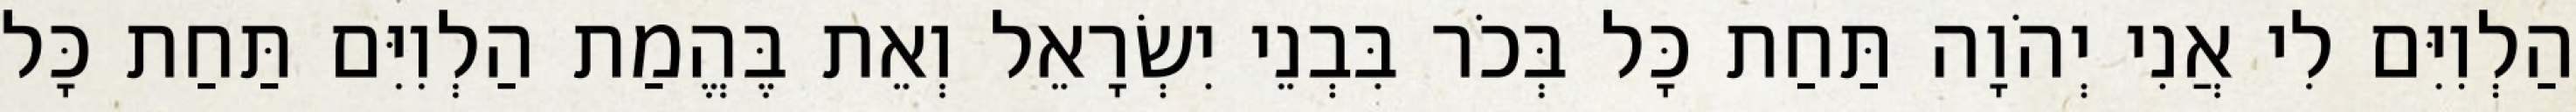
הַלְוִיִּם לִי אֲנִי יְהֹוָה תַּחַת כָּל בְּכֹר בִּבְנֵי יִשְׂרָאֵל וְאֵת בֶּהֱמַת הַלְוִיִּם תַּחַת כָּל